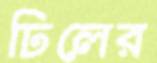
ঢিলের